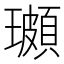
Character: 𭺌